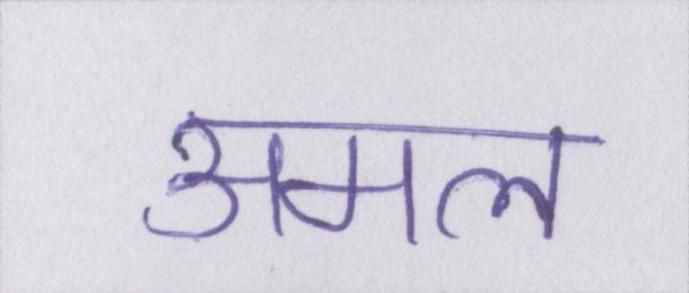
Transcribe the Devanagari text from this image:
अमल